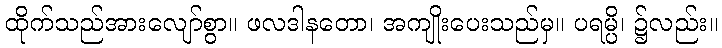
ထိုက်သည်အားလျော်စွာ။ ဖလဒါနတော၊ အကျိုးပေးသည်မှ။ ပရမ္ပိ၊ ၌လည်း။